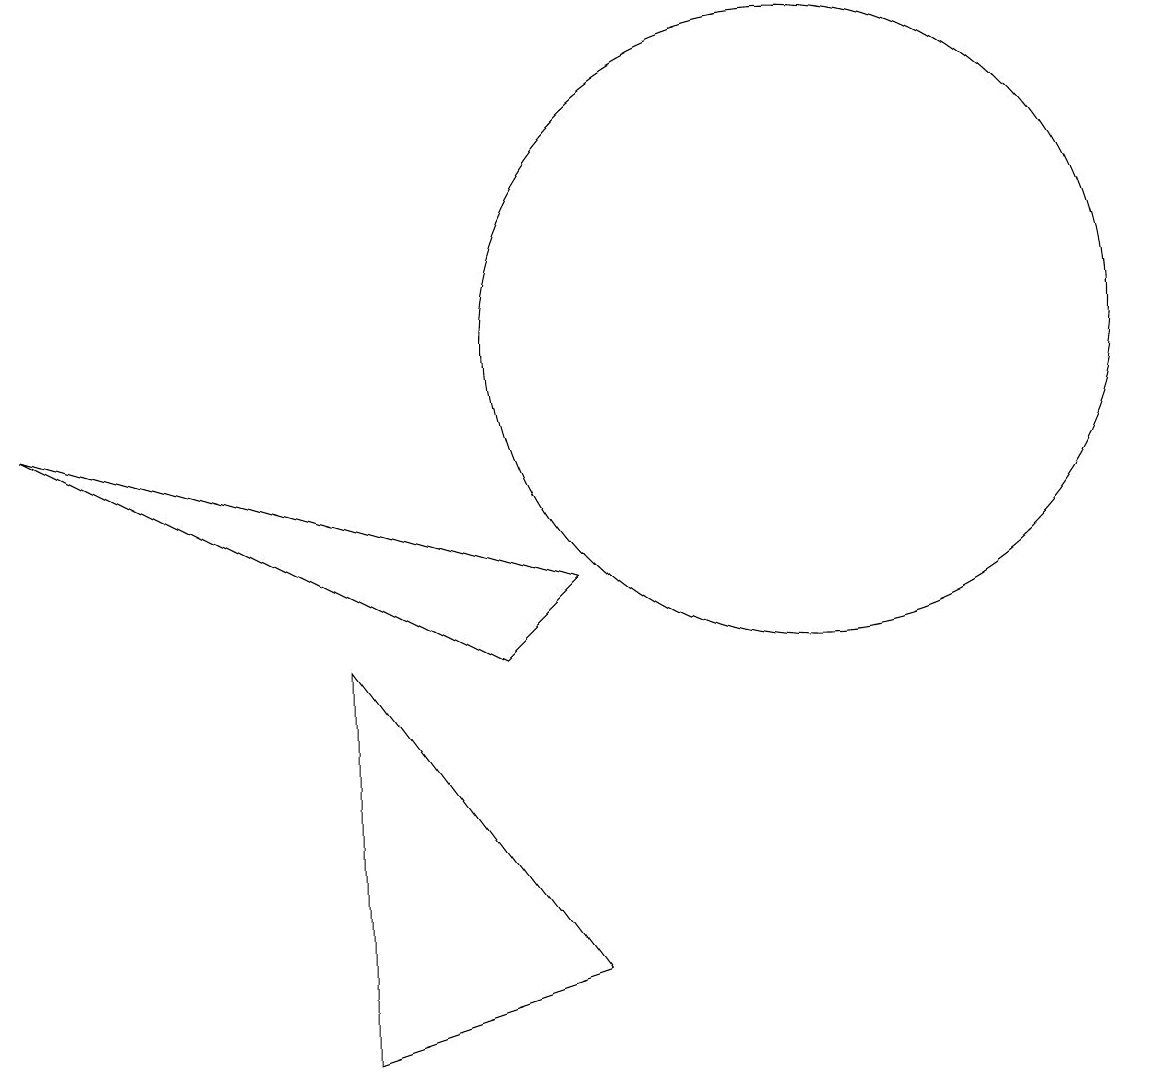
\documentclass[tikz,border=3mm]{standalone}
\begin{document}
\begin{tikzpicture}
\draw (7,7) -- (0,9) -- (6,6) -- cycle;
\draw (7,2) -- (4,6) -- (4,1) -- cycle;
\draw (10,10) circle (4);
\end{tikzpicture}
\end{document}